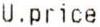
U.PRICE